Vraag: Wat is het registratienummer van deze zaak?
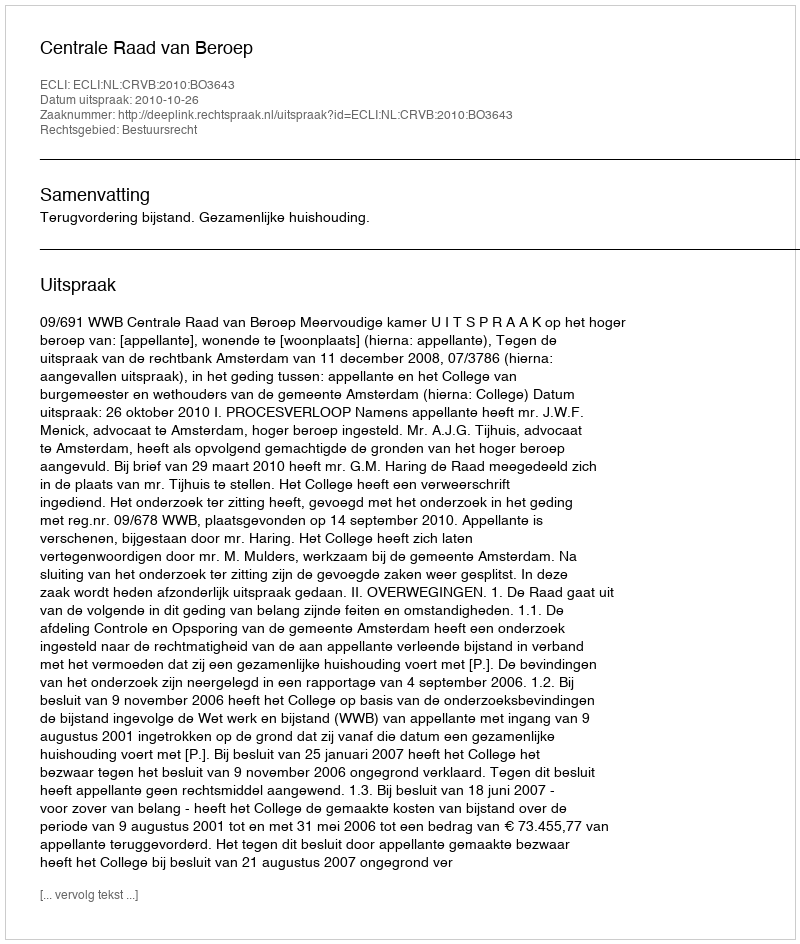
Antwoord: http://deeplink.rechtspraak.nl/uitspraak?id=ECLI:NL:CRVB:2010:BO3643